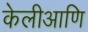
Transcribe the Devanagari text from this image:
केलीआणि